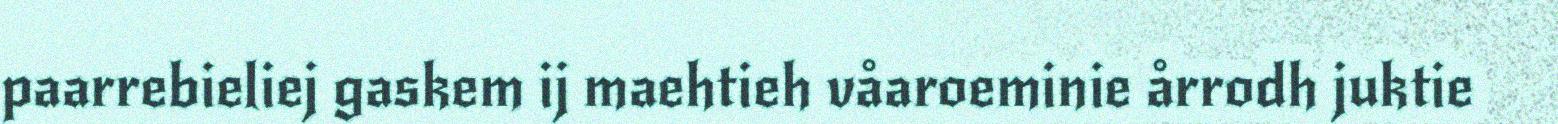
paarrebieliej gaskem ij maehtieh våaroeminie årrodh juktie